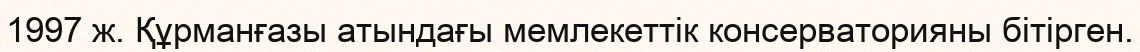
1997 ж. Құрманғазы атындағы мемлекеттік консерваторияны бітірген.